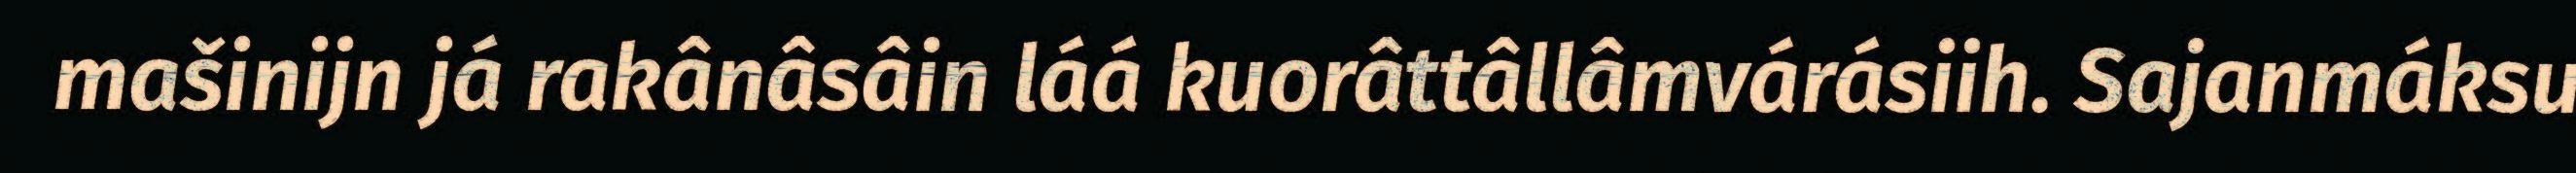
mašinijn já rakânâsâin láá kuorâttâllâmvárásiih. Sajanmáksu